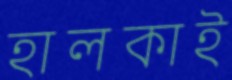
হালকাই